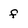
Character: f